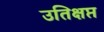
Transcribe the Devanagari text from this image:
उतिक्षप्त